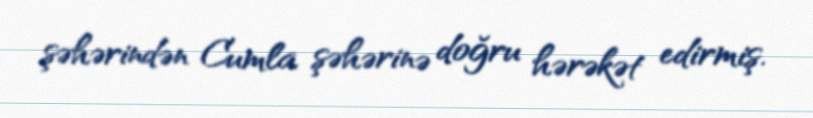
şəhərindən Cumla şəhərinə doğru hərəkət edirmiş.